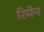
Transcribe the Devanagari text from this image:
रिमेन